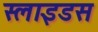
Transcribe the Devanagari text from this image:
स्‍लाइडस